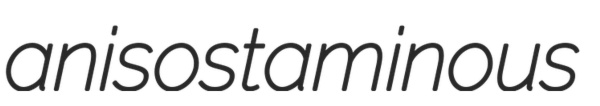
anisostaminous